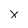
Character: x